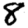
Digit: 8